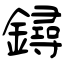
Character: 鐞